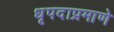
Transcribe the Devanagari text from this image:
धृपदाप्रमाणे